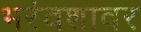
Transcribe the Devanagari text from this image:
भरंवशावर